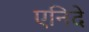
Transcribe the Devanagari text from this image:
एनिदे